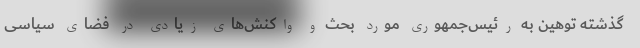
گذشته توهین به رئیس‌جمهوری مورد بحث و واکنش‌های زیادی در فضای سیاسی